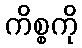
ကိစ္စကို